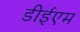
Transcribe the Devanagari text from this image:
डीईएम